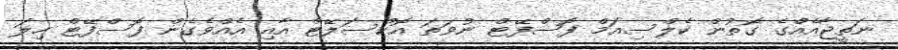
ނަތީޖާއެއްގެ ގޮތުން ކެލްސިއަމް ފޮސްފޭޓް ނުވަތަ އޮކްސަލޭޓް އާއި އެއްވެގެން ފޮސްފޭޓް ހިލަ